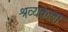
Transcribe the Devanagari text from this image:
श्रव्यकला